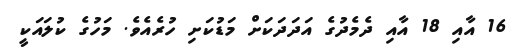
16 އާއި 18 އާއި ދެމެދުގެ އަދަދަކަށް މަޑުކަށި ހުރެއެވެ. މަހުގެ ކުލައަކީ